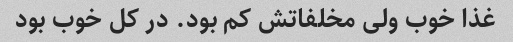
غذا خوب ولی مخلفاتش کم بود. در کل خوب بود